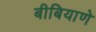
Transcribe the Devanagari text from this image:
बीबियाणे